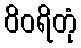
ဝိဝရိတုံ